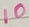
Text: 10